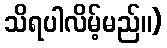
သိရပါလိမ့်မည်။)